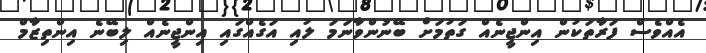
އެއްވެސް ފަރާތަކުން އިންޖީނެއް ގަތުމަށް ބޭނުންވާނަމަ ލުއި އަގެެއްގައި އިންޖީނެއް ލިބޭނެ އިންތިޒާމް